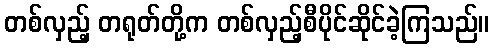
တစ်လှည့် တရုတ်တို့က တစ်လှည့်စီပိုင်ဆိုင်ခဲ့ကြသည်။